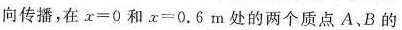
向传播，在$$x = 0$$和$$x = 0 . 6 m$$处的两个质点A、B的